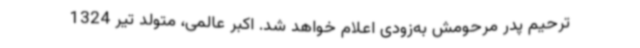
ترحیم پدر مرحومش به‌زودی اعلام خواهد شد. اکبر عالمی، متولد تیر 1324